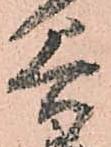
谷